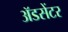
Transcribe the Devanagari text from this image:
ॲडसेंटर